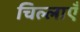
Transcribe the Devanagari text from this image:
चिल्लाएँ